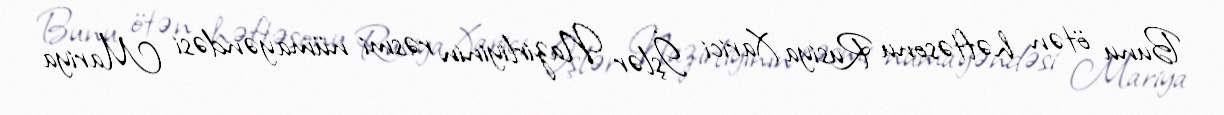
Bunu ötən həftəsonu Rusiya Xarici İşlər Nazirliyinin rəsmi nümayəndəsi Mariya